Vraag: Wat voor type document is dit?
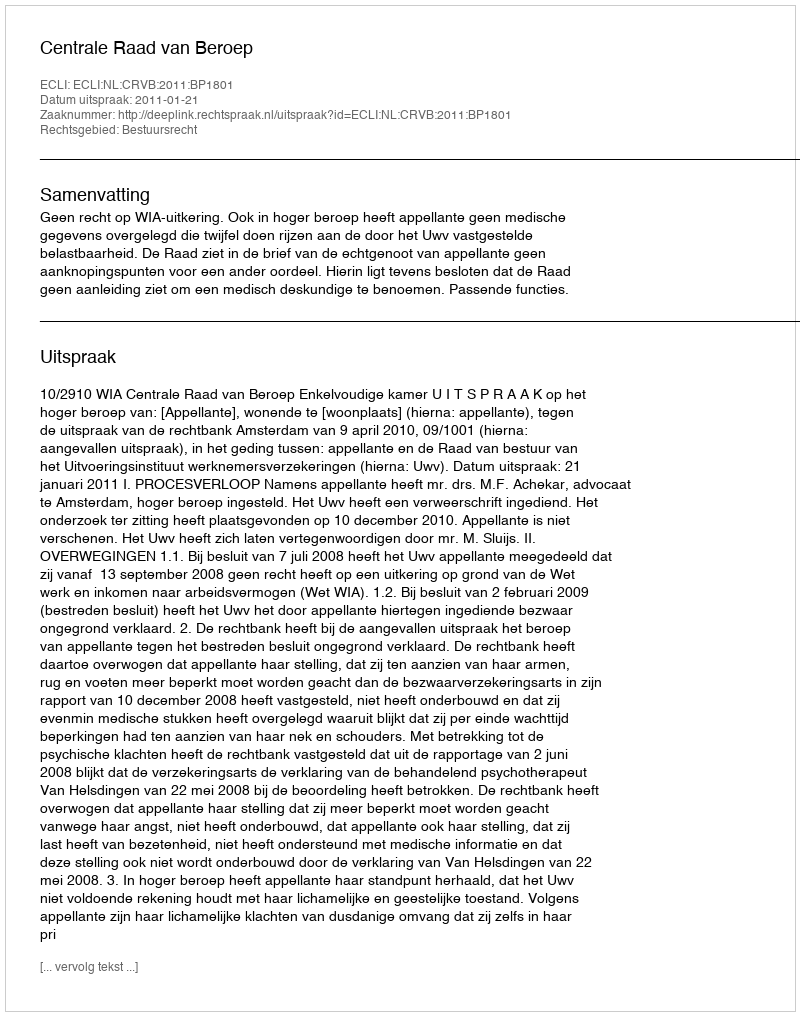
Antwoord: Uitspraak